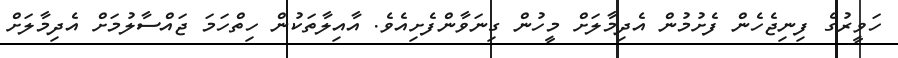
ހަވީރުގެ ފިނިޖެހެން ފެށުމުން އެދިމާލަށް މީހުން ގިނަވާންފެށިއެވެ. އާއިލާތަކުން ހިތްހަމަ ޖައްސާލުމަށް އެދިމާލަށް